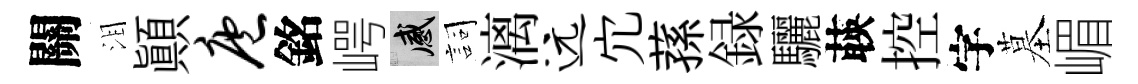
關泪顚庖銘崿感詞漓远宂蓀録驪𦴤控字墓嵋